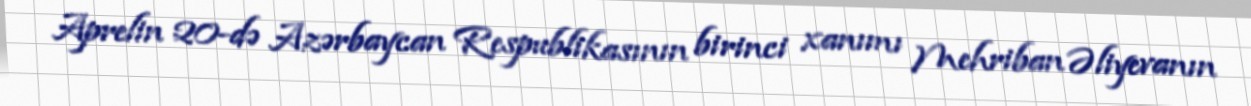
Aprelin 20-də Azərbaycan Respublikasının birinci xanımı Mehriban Əliyevanın